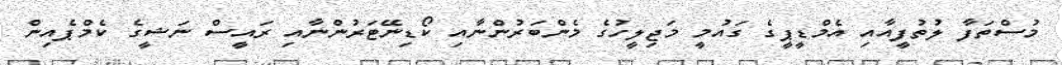
މުސްތަފާ ލުތުފީއާއި އެމްޑީޕީގެ ގައުމީ މަޖިލީހުގެ މެންބަރުންނާއި ކޯޑިނޭޓަރުންނާއި ރައީސް ނަޝީގެ ކެމްޕެއިން